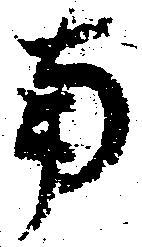
南